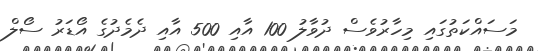
މަސައްކަތުގައި މިހާރުވެސް ދުވާލު 100 އާއި 500 އާއި ދެމެދުގެ އޯޑަރު ސޯލް